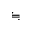
\fallingdotseq